Note on the mental hospitals in Burma - 1925-1940
Year: 1925
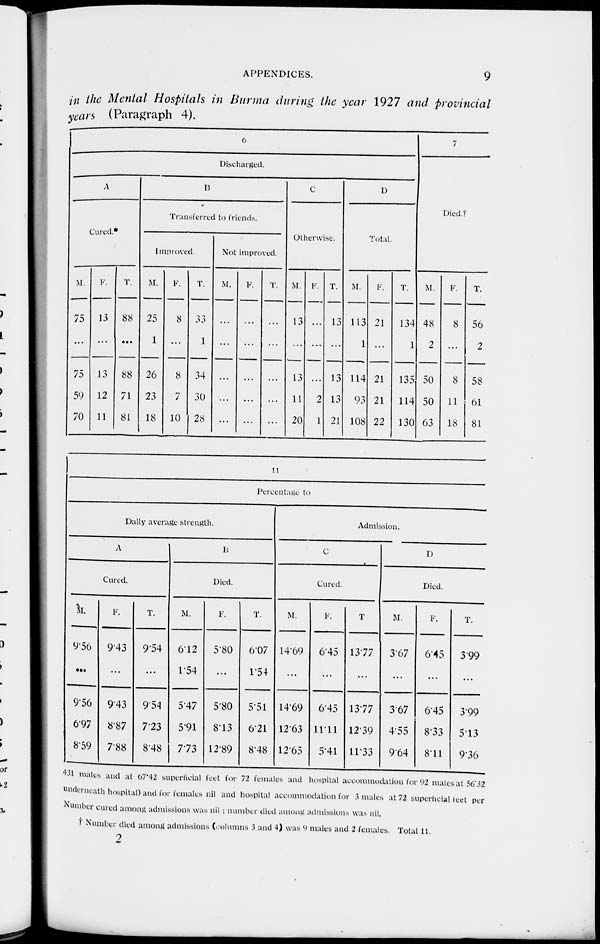
APPENDICES.
9
in the Mental Hospitals in Burma during the year 1927 and provincial
years (Paragraph 4).
6
Discharged.
A
Cured.*
M.
75
...
75
59
70
F.
13
...
13
12
11
T.
88
...
88
71
81
B
Transferred to friends.
Improved.
M.
25
1
26
23
18
F.
8
...
8
7
10
T.
33
1
34
30
28
Not improved.
M.
...
...
...
...
...
F.
...
...
...
...
...
T.
...
...
...
...
...
C
Otherwise.
M.
13
...
13
11
20
F.
...
...
...
2
1
T.
13
...
13
13
21
D
Total.
M.
113
1
114
93
108
F.
21
...
21
21
22
T.
134
1
135
114
130
7
Died.†
M.
48
2
50
50
63
F.
8
...
8
11
18
T.
56
2
58
61
81
11
Percentage to
Daily average strength.
A
Cured.
M.
9.56
...
9.56
6.97
8.59
F.
9.43
...
9.43
8.87
7.88
T.
9.54
...
9.54
7.23
8.48
B
Died.
M.
6.12
1.54
5.47
5.91
7.73
F.
5.80
...
5.80
8.13
12.89
T.
6.07
1.54
5.51
6.21
8.48
Admission.
C
Cured.
M.
14.69
...
14.69
12.63
12.65
F.
6.45
...
6.45
11.11
5.41
T
13.77
...
13.77
12.39
11.33
D
Died.
M.
3.67
...
3.67
4.55
9.64
F.
6.45
...
6.45
8.33
8.11
T.
3.99
...
3.99
5.13
9.36
431 males and at 67.42 superficial feet for 72 females and hospital accommodation for 92 males at 56.32
underneath hospital) and for females nil and hospital accommodation for 3 males at 72 superficial feet per
Number cured among admissions was nil ; number died among admissions was nil.
† Number died among admissions (columns 3 and 4) was 9 males and 2 females. Total 11.
2